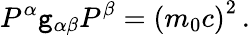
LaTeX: P^{\alpha}\mathtt{g}_{\alpha\beta}P^{\beta}=\left(m_{0}c\right)^{2}\, .